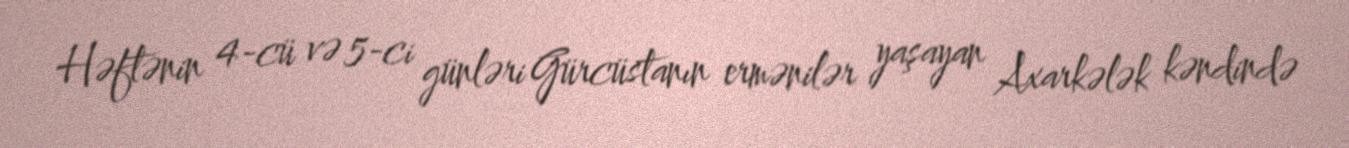
Həftənin 4-cü və 5-ci günləri Gürcüstanın ermənilər yaşayan Axarkələk kəndində